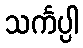
သင်္ကပ္ပါ